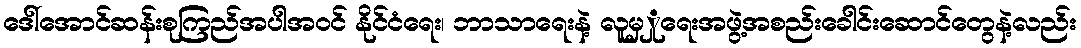
ဒေါ်အောင်ဆန်းစုကြည်အပါအဝင် နိုင်ငံရေး၊ ဘာသာရေးနဲ့ လူမှှုရေးအဖွဲ့အစည်းခေါင်းဆောင်တွေနဲ့လည်း